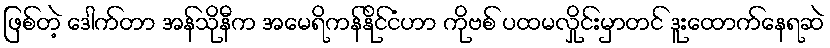
ဖြစ်တဲ့ ဒေါက်တာ အန်သိုနီက အမေရိကန်နိုင်ငံဟာ ကိုဗစ် ပထမလှိုင်းမှာတင် ဒူးထောက်နေရဆဲ